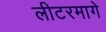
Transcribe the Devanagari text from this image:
लीटरमागे